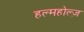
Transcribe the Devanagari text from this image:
हल्महोल्ज़